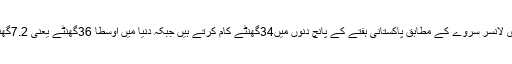
2015ء میں پائینرفری لانسر سروے کے مطابق پاکستانی ہفتے کے پانچ دنوں میں34گھنٹے کام کرتے ہیں جبکہ دنیا میں اوسطاً 36گھنٹے یعنی 7.2گھنٹے یومیہ کام ہوتاہے۔